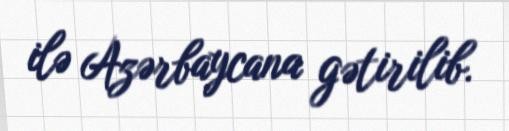
ilə Azərbaycana gətirilib.